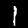
Label: 1